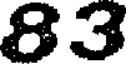
83